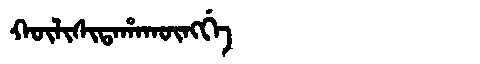
Manchu: ᡴᡡᠯᡳᠰᡳᡨᠠᡥᠠᡴᡡᠩᡤᡝ
Romanization: KŪLISITAHAKŪNGGE